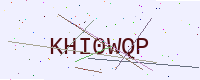
Text: KHI0WQP